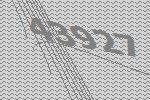
43927